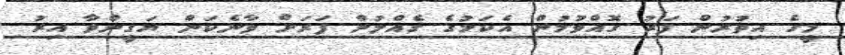
މީގެ އިތުރުން ފަރު ގޮއްވުމުން އެކަމުގެ ގެއްލުން ފަރަށް ވާނެކަން ޔަގީންވާ އިރު